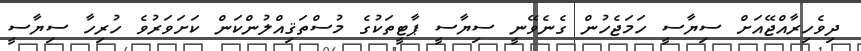
ދިވެހިރާއްޖޭއަށް ސިޔާސީ ހަމަޖެހުން ގެނެވޭނީ ސިޔާސީ ޕާޓީތަކުގެ މުސްތަޤިއްލުންކަން ކަށަވަރުވެ ހުރިހާ ސިޔާސީ